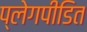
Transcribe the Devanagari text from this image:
प्लेगपीडित